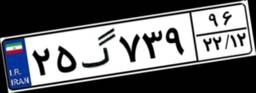
۲۵گ۷۳۹۹۶